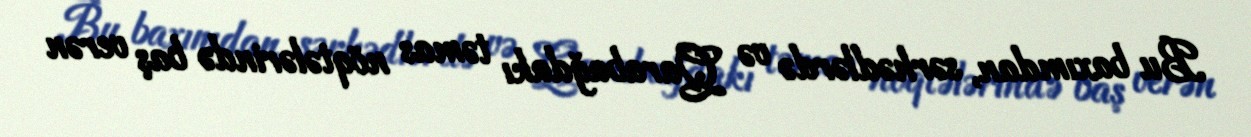
Bu baxımdan, sərhədlərdə və Qarabağdakı təmas nöqtələrində baş verən